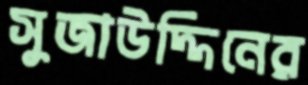
সুজাউদ্দিনের